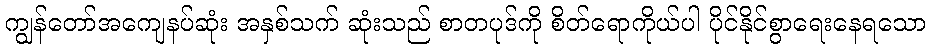
ကျွန်တော်အကျေနပ်ဆုံး အနှစ်သက် ဆုံးသည် စာတပုဒ်ကို စိတ်ရောကိုယ်ပါ ပိုင်နိုင်စွာရေးနေရသော